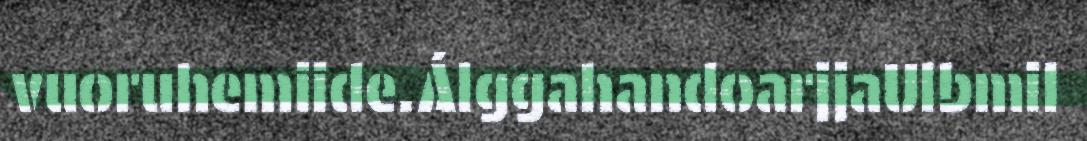
vuoruhemiide.ÁlggahandoarjjaUlbmil